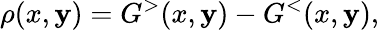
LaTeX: \rho(x,\mathbf{y})=G^{>}(x,\mathbf{y})-G^{<}(x,\mathbf{y}),